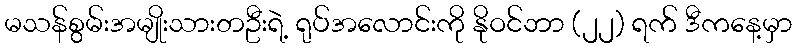
မသန်စွမ်းအမျိုးသားတဦးရဲ့ ရုပ်အလောင်းကို နိုဝင်ဘာ (၂၂) ရက် ဒီကနေ့မှာ